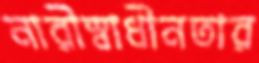
নারীস্বাধীনতার